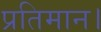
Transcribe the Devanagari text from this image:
प्रतिमान।